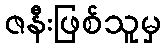
ဇနီးဖြစ်သူမှ